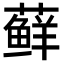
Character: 藓